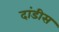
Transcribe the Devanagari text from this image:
दांडीस